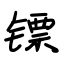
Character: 镖